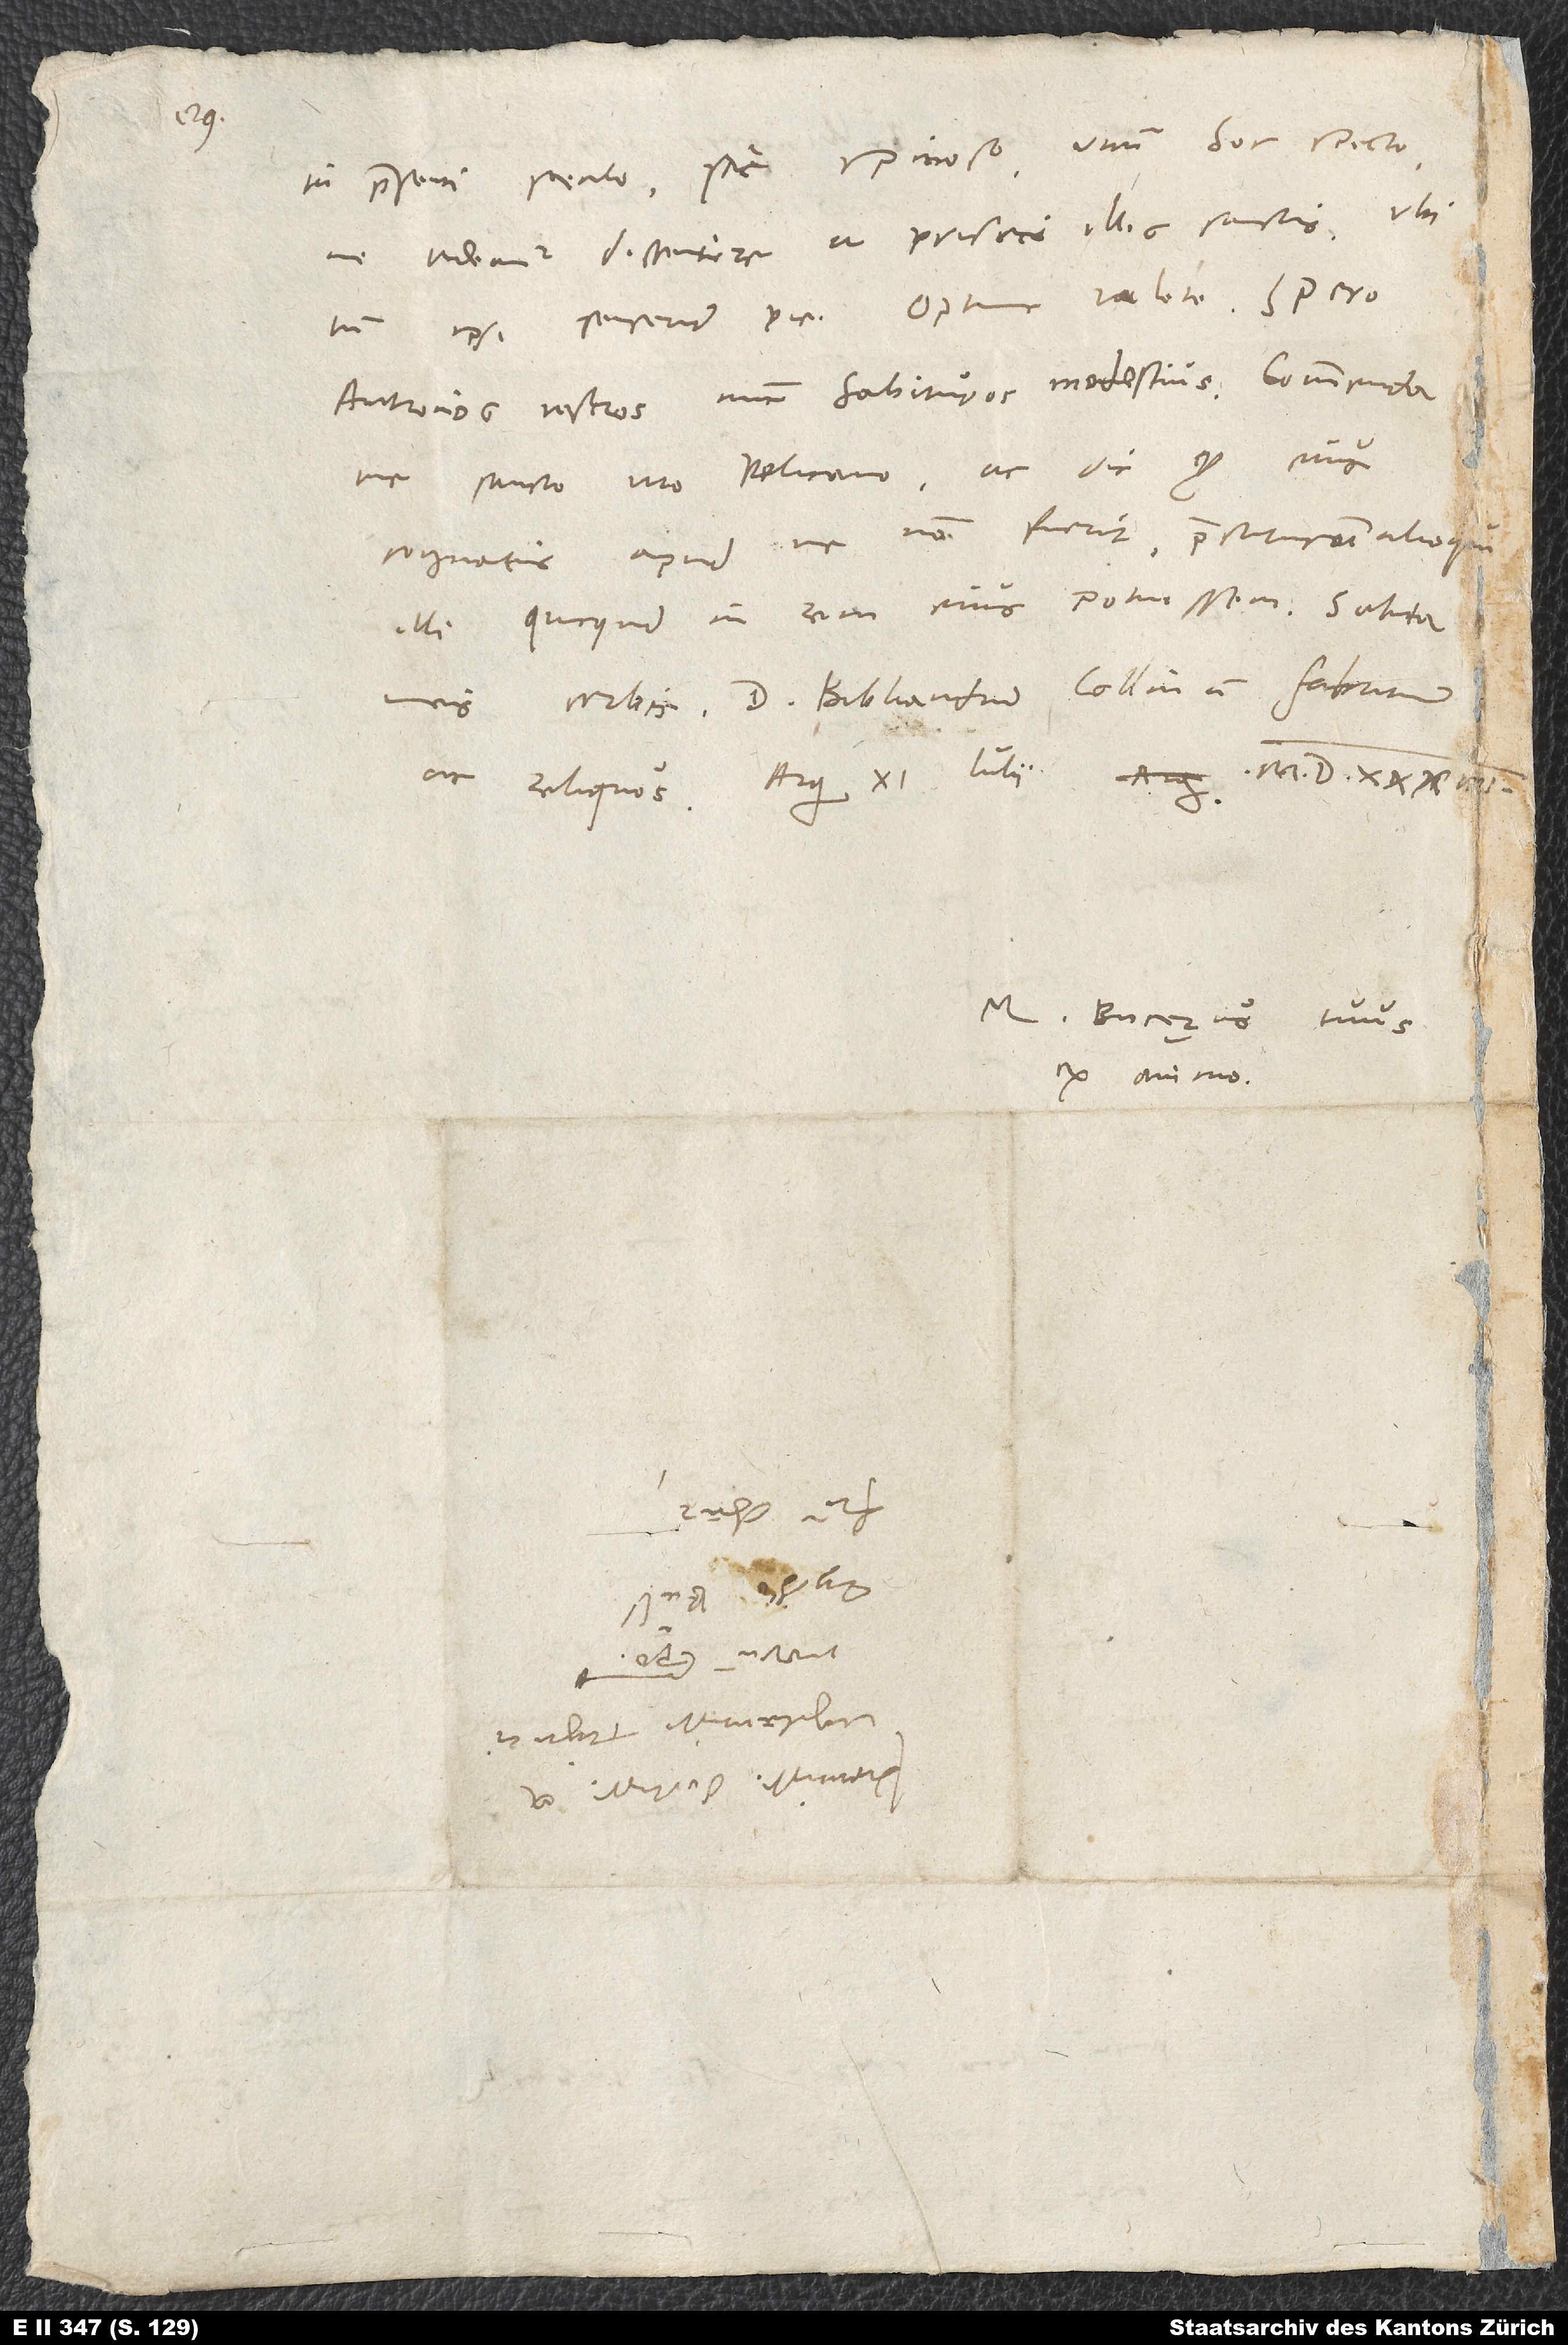
in praesenti seculo sic spinoso. Unum hoc specto,
ne videamur dissentire a priscis illis sanctis, ubi
Antronios vestros nunc habituros modestius. Commenda
me sancto viro Pelicano ac dic, quod eius
cognatus apud me non fuerit, praestiturum alioqui
illi, quicquid in rem eius potuissem. Saluta
meis verbis d. Bibliandrum, Collinum, Fabritium
M. Bucerus tuus
ex animo.